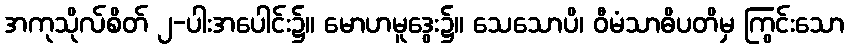
အကုသိုလ်စိတ် ၂-ပါးအပေါင်း၌။ မောဟမူဒွေး၌။ သေသောပိ၊ ဝီမံသာဓိပတိမှ ကြွင်းသော